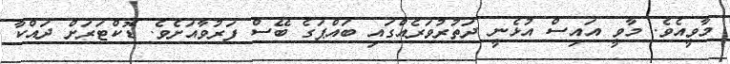
މާވީއެވެ. މާވީ އައިސް އުޅެނީ ދަތުރުވަރެއްގައި ބައްޕަގެ ބޭސް ފަރުވާއަށެވެ. ޑޮކްޓަރަށް ދައްކާ